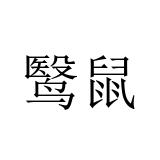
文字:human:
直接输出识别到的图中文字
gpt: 鹥鼠